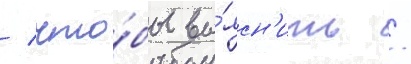
/ что́бы вы́ясн'ить /